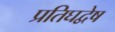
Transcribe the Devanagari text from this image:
प्रतिघद्वेष